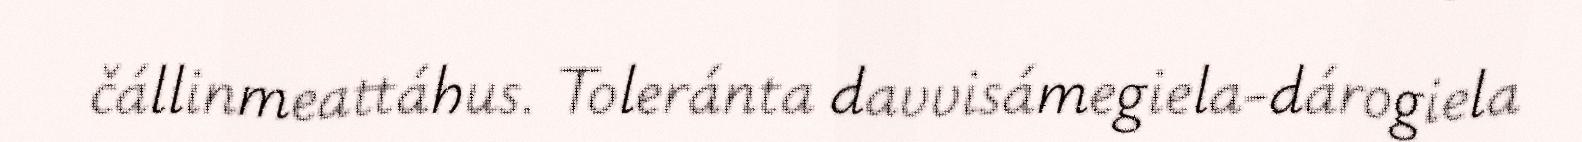
čállinmeattáhus. Toleránta davvisámegiela-dárogiela